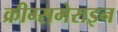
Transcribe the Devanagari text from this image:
क्रीग्समेराइन